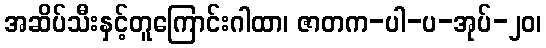
အဆိပ်သီးနှင့်တူကြောင်းဂါထာ၊ ဇာတက-ပါ-ပ-အုပ်-၂၀၊